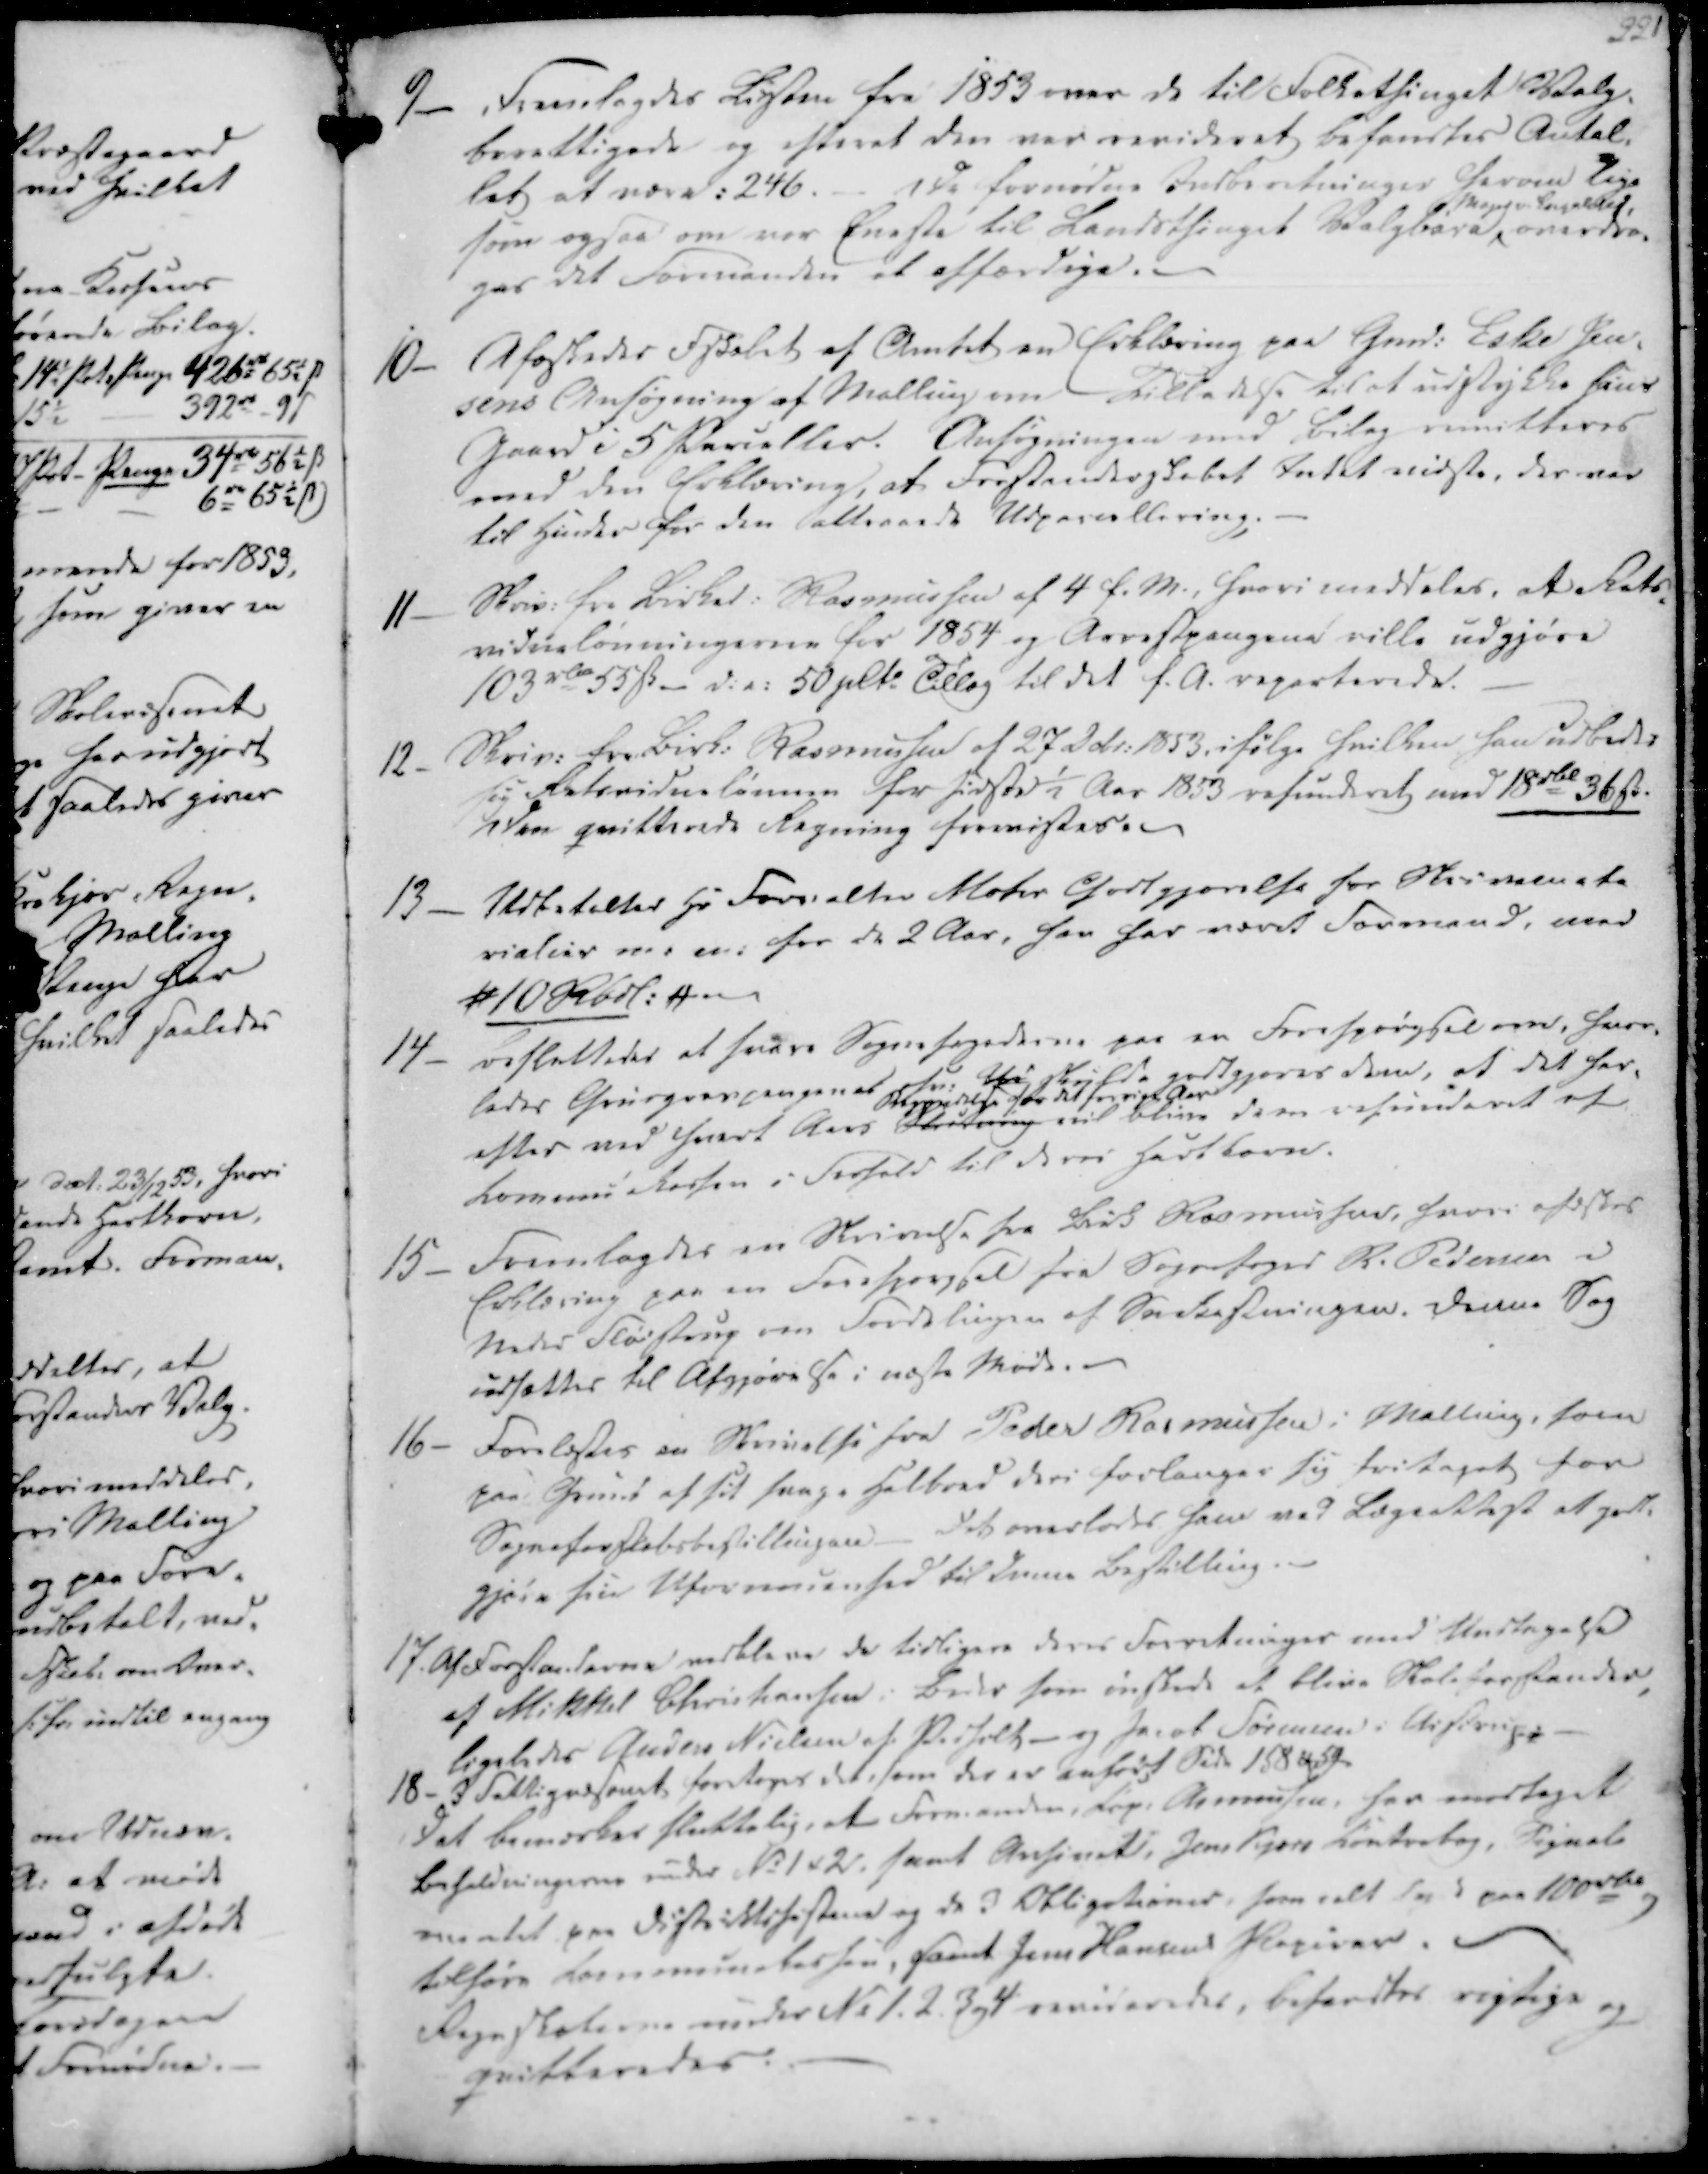
Transskription:
9- Fremlagdes Listen fra 1853 over de til Folkethinget Valg-
berettigede, og efterat den var revideret befandtes Antal-
let at være: 246. - De fornødne Indberretninger herom lige
som ogsaa om var Eneste til Landsthinget Valgbare
Major v. Engelsted,
overdra-
ges det Formanden at affærdige. -
10- Afstedes Fskabet af Amtet en Erklæring paa Gmd. Eske Jen-
sens Ansøgning af Malling om Tilladelse til at udstykke hans
Gaard i 5 Parceller. Ansøgningen med Bilag imitteres
med den Erklæring, at Forstanderskabet Intet vidste, der var
til Hinder for den attraaede Udparcellering.

11
Skriv. fra Birked. Rasmussen af 4 f.M., hvori meddeles, at Rets-
vidnelønningerne for 1854 og Arrestpengene ville udgjøre
103 rbd 55 ẞ- d.a. 50 plt. Tillæg til det f.A. reparterede.
12- Skriv. fra Birk. Rasmussen af 27 Debr. 1853, ifølge hvilken han udbede
sig Retsvidne lønnen for sidste ½ Aar 1853 refunderet med 18 rbd 36 ẞ.
Den qvitterede Regning forevistes. -
13-
Udbetaltes Hr. Forvalter Mohr Godtgjørelse for Skrivemate
rialier m. m. for de 2 Aar, han har været Formand, med
# 10 Rbdl. # -

14- besluttedes at svare Sognefogederne paa en Forespørgsel om, hvor-
ledes Grusgravpengenes fe. Ud skulde godtgjøres dem, at det for-
efter ved hvert Aars Skiftering
Begyndelse for det forrige Aar
vil blive dem refunderet af
Kommunekassen i Forhold til deres Hartkorn.
15- Fremlagdes en Skrivelse fra Birk Rasmussen, hvori afæskes
Erklæring paa en Forespørgsel fra Sognefoged R. Pedersen i
Neder Fløistrup om Fordelingen af Snekastningen. Denne Sag
udsættes til Afgjørelse i næste Møde.-
16- Forelæstes en Skrivelse fra Peder Rasmussen i Malling, som
paa Grund af sit svage Helbred deri forlanger sig fritaget for
Sogneforskabsbestillingen - Det overlades ham ved Lægeattest at godt-
gjøre sin Uformuenhed til denne Bestilling.

17. Af Forstanderne vedbleve de tidligere deres Forretninger med Undtagelse
af Mikkel Christiansen i Beder som ønskede at blive Skoleforstander,
ligeledes Anders Nielsen af Pedholt - og Jacob Sørensen i Aistrup.
18- I Fattigvæsenet foretages det, som der er anført Side 158 & 59.
Det bemærkes sluttelig, at Formanden, Kap. Asmussen, har modtaget
Beholdningerne under No 1 & 2, samt Anfinets, Jens Kjærs Kontrebog, Sognets
mentet paa Distriktshestene og de 3 Obligationer, som ialt spt paa 100 rbd og
tilhøre Kommunekassen, samt Jens Hansens Papirer.
Regnskaberne under No. 1. 2. 3 og 4 revideredes, befandtes rigtige og
qvitteredes.